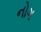
નોગ